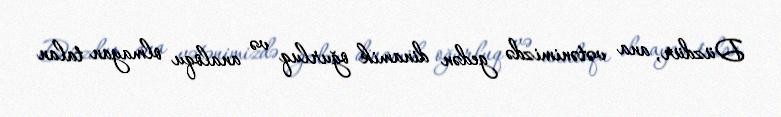
Düzdür, ana vətənimizdə gedən dinamik oğurluq və analoqu olmayan talan